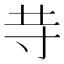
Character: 𱽍